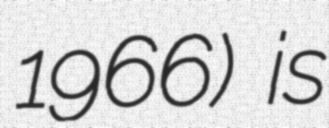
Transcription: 1966) is